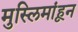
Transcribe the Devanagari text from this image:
मुस्लिमांहून